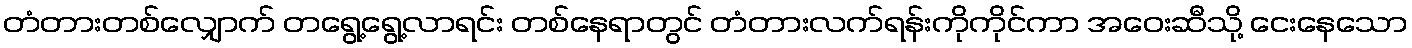
တံတားတစ်လျှောက် တရွေ့ရွေ့လာရင်း တစ်နေရာတွင် တံတားလက်ရန်းကိုကိုင်ကာ အဝေးဆီသို့ ငေးနေသော